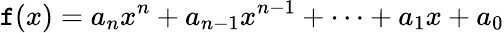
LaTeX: \mathtt{f}(x)=a_{n}x^{n}+a_{n-1}x^{n-1}+\cdots+a_{1}x+a_{0}